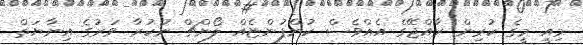
މިއީ މީގެ ކުރިން ރާއްޖޭގެ އެއްވެސް ކުންފުންޏެއް ލޯންޗް ނުކުރާ ވަރުގެ އިނާޔަތް